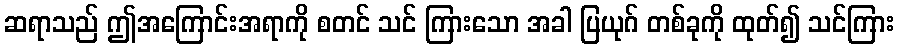
ဆရာသည် ဤအကြောင်းအရာကို စတင် သင် ကြားသော အခါ ပြယုဂ် တစ်ခုကို ထုတ်၍ သင်ကြား